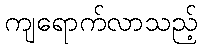
ကျရောက်လာသည့်